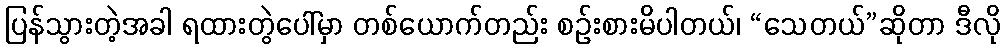
ပြန်သွားတဲ့အခါ ရထားတွဲပေါ်မှာ တစ်ယောက်တည်း စဉ်းစားမိပါတယ်၊ “သေတယ်”ဆိုတာ ဒီလို